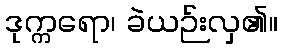
ဒုက္ကရော၊ ခဲယဉ်းလှ၏။